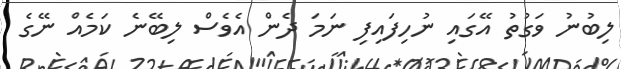
ލިބުނު ވަގުތު އޭގައި ނުހިފައިފި ނަމަ ދެން އެވެސް ލިބޭނެ ކަމެއް ނޭގެ